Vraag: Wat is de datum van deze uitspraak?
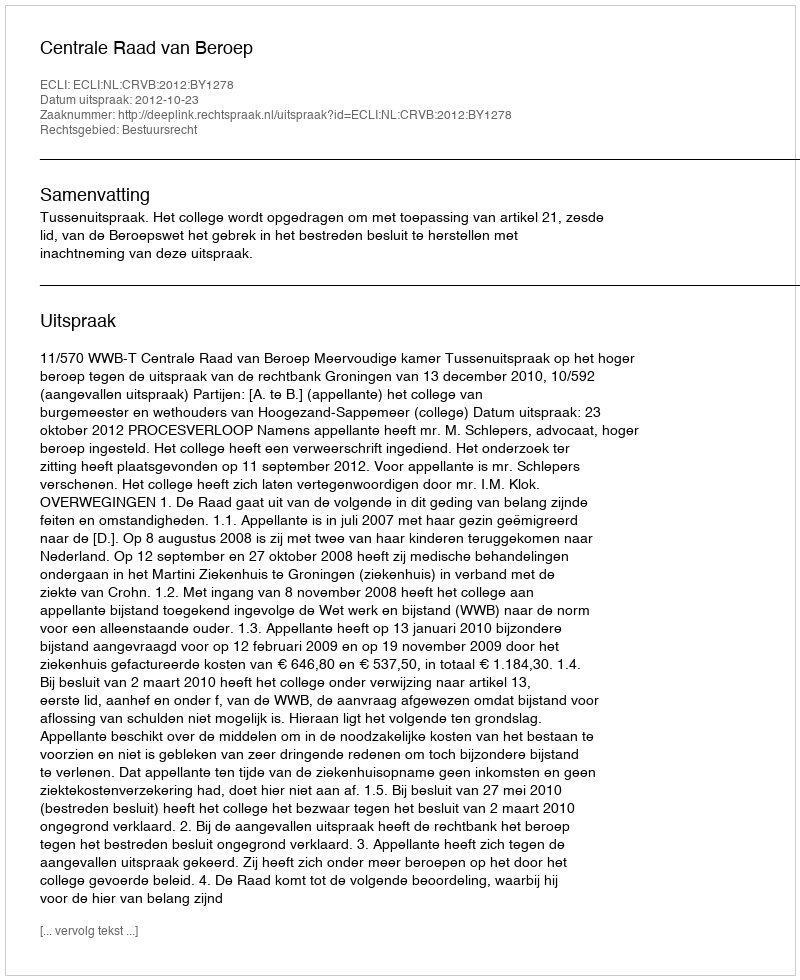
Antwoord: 2012-10-23